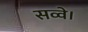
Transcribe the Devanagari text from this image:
सव्वे।